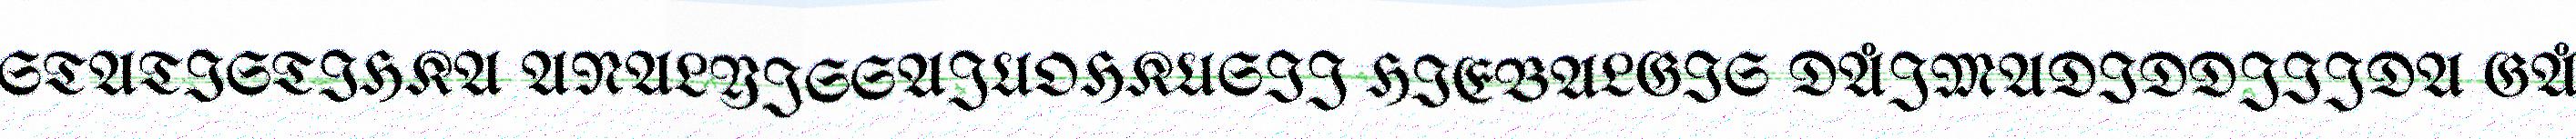
STATISTIHKA ANALYJSSAJUOHKUSIJ HIEBALGIS DÅJMADIDDJIJDA GÅ